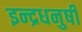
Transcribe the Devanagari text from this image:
इन्‍द्रधनुषी